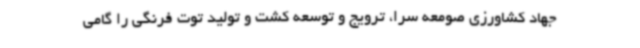
جهاد کشاورزی صومعه سرا، ترویج و توسعه کشت و تولید توت فرنگی را گامی